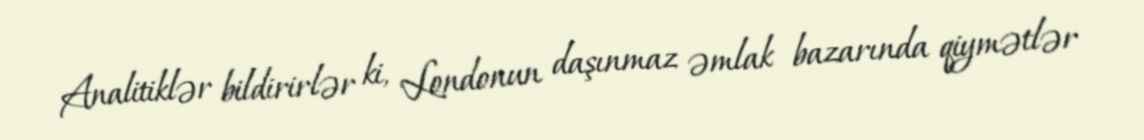
Analitiklər bildirirlər ki, Londonun daşınmaz əmlak bazarında qiymətlər